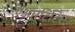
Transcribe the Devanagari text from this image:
एऑर्टिटिस